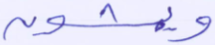
ويمشون